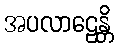
အပလာဠေန္တိ